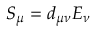
S _ { \mu } = d _ { \mu \nu } E _ { \nu }